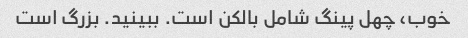
خوب، چهل پینگ شامل بالکن است. ببینید. بزرگ است